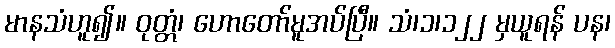
မာနသံဟူ၍။ ဝုတ္တံ၊ ဟောတော်မူအပ်ပြီ။ သံ၊၁၊၁၂၂ မှယူရန် ပန၊